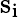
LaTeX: {\mathrm{s}}_{\mathrm{i}}